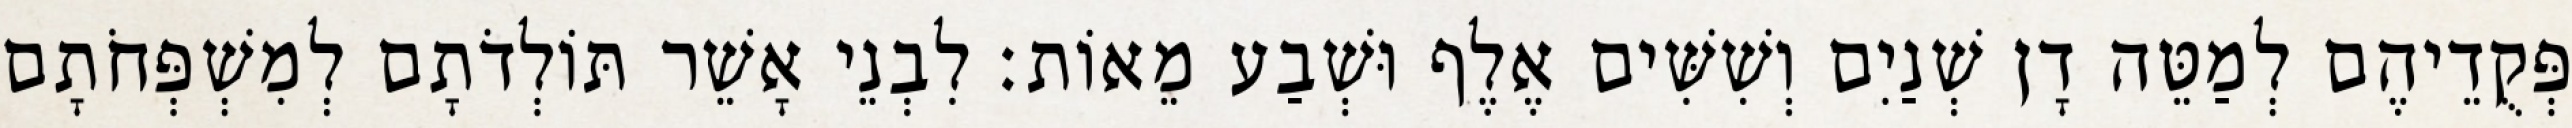
פְּקֻדֵיהֶם לְמַטֵּה דָן שְׁנַיִם וְשִׁשִּׁים אֶלֶף וּשְׁבַע מֵאוֹת׃ לִבְנֵי אָשֵׁר תּוֹלְדֹתָם לְמִשְׁפְּחֹתָם